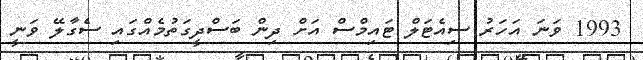
1993 ވަނަ އަހަރު ސިއެޓަލް ޓައިމްސް އަށް ދިން ބަސްދީގަތުމެއްގައި ސެގާލޭ ވަނީ